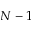
N - 1